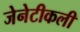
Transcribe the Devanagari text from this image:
जेनेटीकली